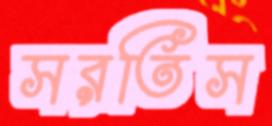
সরতিস